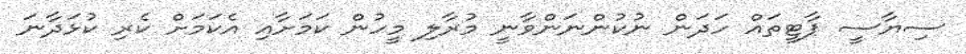
ސިޔާސީ ޕާޓީތައް ހަދަން ނުކުންނަންވާނީ މުރާލި މީހުން ކަމަށާއި އެކަމަށް ކެރި ކުޅަދާނަ